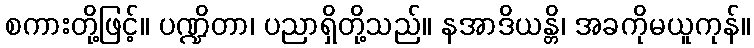
စကားတို့ဖြင့်။ ပဏ္ဍိတာ၊ ပညာရှိတို့သည်။ နအာဒိယန္တိ၊ အခကိုမယူကုန်။